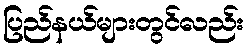
ပြည်နယ်များတွင်လည်း